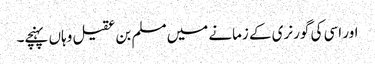
اور اسی کی گورنری کے زمانے میں مسلم بن عقیل وہاں پہنچے۔